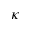
\kappa